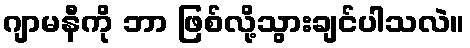
ဂျာမနီကို ဘာ ဖြစ်လို့သွားချင်ပါသလဲ။